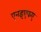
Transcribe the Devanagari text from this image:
एनइएफए